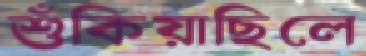
শুঁকিয়াছিলে